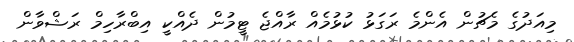
މިއަދުގެ މެޗުން އެންމެ ރަގަޅު ކުޅުމެއް ރާއްޖެ ޓީމުން ދެއްކީ އިބްރާހިމް ރަޝްވާން